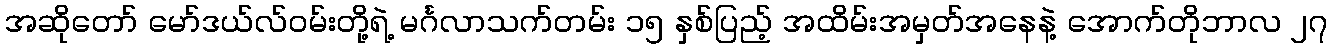
အဆိုတော် မော်ဒယ်လ်ဝမ်းတို့ရဲ့ မင်္ဂလာသက်တမ်း ၁၅ နှစ်ပြည့် အထိမ်းအမှတ်အနေနဲ့ အောက်တိုဘာလ ၂၇